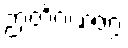
ဉာတိဂဏဝဂ္ဂံ